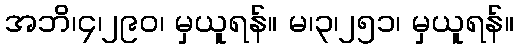
အဘိ၊၄၊၂၉၀၊ မှယူရန်။ မ၊၃၊၂၅၁၊ မှယူရန်။